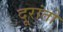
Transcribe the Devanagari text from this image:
दूरांतो